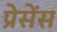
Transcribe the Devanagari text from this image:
प्रेसेंस